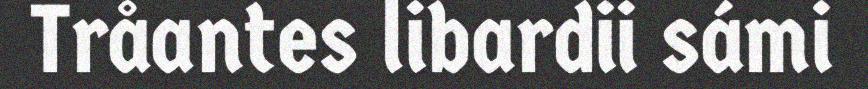
Tråantes libardii sámi